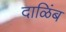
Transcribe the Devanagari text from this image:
दाळिंब